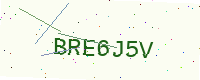
Text: BRE6J5V